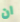
ان